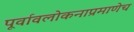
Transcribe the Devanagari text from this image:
पूर्वावलोकनाप्रमाणेच